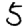
Digit: 5